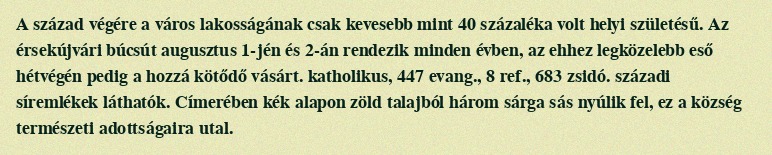
A század végére a város lakosságának csak kevesebb mint 40 százaléka volt helyi születésű. Az érsekújvári búcsút augusztus 1-jén és 2-án rendezik minden évben, az ehhez legközelebb eső hétvégén pedig a hozzá kötődő vásárt. katholikus, 447 evang., 8 ref., 683 zsidó. századi síremlékek láthatók. Címerében kék alapon zöld talajból három sárga sás nyúlik fel, ez a község természeti adottságaira utal.